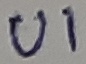
Text: U1